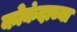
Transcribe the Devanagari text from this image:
कोकंदाच्या